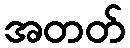
အတတ်